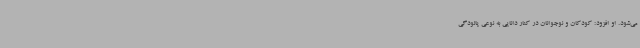
می‌شود. او افزود: کودکان و نوجوانان در کنار دانایی به نوعی پالودگی